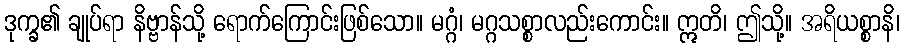
ဒုက္ခ၏ ချုပ်ရာ နိဗ္ဗာန်သို့ ရောက်ကြောင်းဖြစ်သော။ မဂ္ဂံ၊ မဂ္ဂသစ္စာလည်းကောင်း။ ဣတိ၊ ဤသို့။ အရိယစ္စာနိ၊